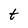
Character: t